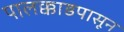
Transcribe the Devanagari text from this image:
पालक्काडपासून